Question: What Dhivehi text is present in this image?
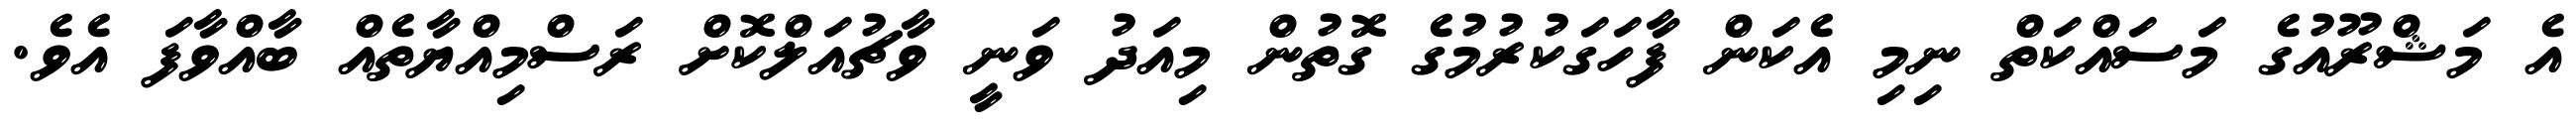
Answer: އެ މަޝްރޫއުގެ މަސައްކަތް ނިމި އެކަން ފާހަގަކުރުމުގެ ގޮތުން މިއަދު ވަނީ ވާޗުއަލްކޮށް ރަސްމިއްޔާތެއް ބާއްވާފަ އެވެ.